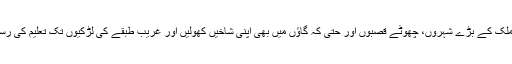
اس بغیر نفع کےقومی نیٹ ورک پر مشتمل ادارے نے ملک کے بڑے شہروں، چھوٹے قصبوں اور حتٰی کہ گاؤں میں بھی اپنی شاخیں کھولیں اور غریب طبقے کی لڑکیوں تک تعلیم کی رسائی کو ممکن بنایا گیا جو اس سے پہلے ممکن نہیں تھا۔